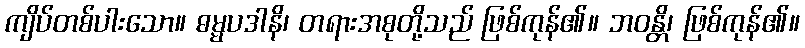
ကျိပ်တစ်ပါးသော။ ဓမ္မပဒါနိ၊ တရားအစုတို့သည် ဖြစ်ကုန်၏။ ဘဝန္တိ၊ ဖြစ်ကုန်၏။